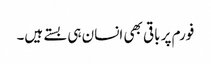
فورم پر باقی بھی انسان ہی بستے ہیں۔